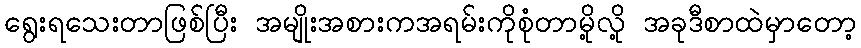
ရွေးရသေးတာဖြစ်ပြီး အမျိုးအစားကအရမ်းကိုစုံတာမို့လို့ အခုဒီစာထဲမှာတော့